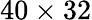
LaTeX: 40\times 32